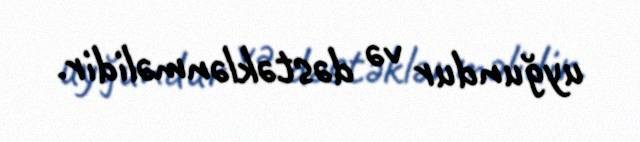
uyğundur və dəstəklənməlidir.